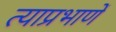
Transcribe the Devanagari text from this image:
त्याप्रभाणें